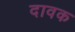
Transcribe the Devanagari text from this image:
दावक